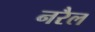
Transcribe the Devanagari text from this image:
नरैल